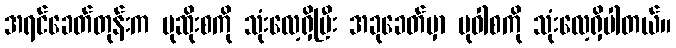
အရင်ခေတ်တုန်းက ပုဆိုးစကို သုံးလေ့ရှိပြီး အခုခေတ်မှာ ပုဝါစကို သုံးလေ့ရှိပါတယ်။